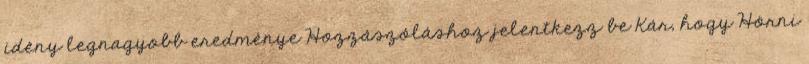
idény legnagyobb eredménye Hozzászóláshoz jelentkezz be Kár, hogy Hörni